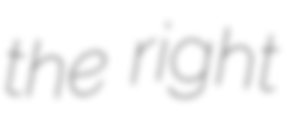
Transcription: the right